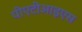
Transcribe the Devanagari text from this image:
पीएटीआइएस